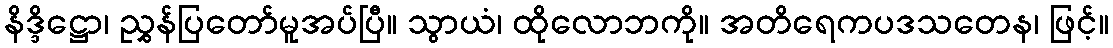
နိဒ္ဒိဋ္ဌော၊ ညွှန်ပြတော်မူအပ်ပြီ။ သွာယံ၊ ထိုလောဘကို။ အတိရေကပဒသတေန၊ ဖြင့်။